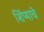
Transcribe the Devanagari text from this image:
शिंप्याचे